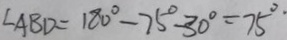
\angle A B D = 1 8 0 ^ { \circ } - 7 5 ^ { \circ } - 3 0 ^ { \circ } = 7 5 ^ { \circ } .